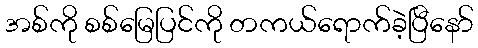
အစ်ကို စစ်မြေပြင်ကို တကယ်ရောက်ခဲ့ပြီနော်